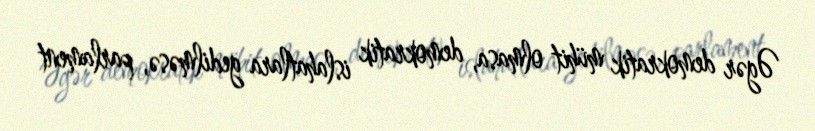
Əgər demokratik mühit olmasa, demokratik islahatlara gedilməsə, parlament